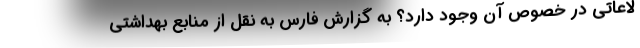
لاعاتی در خصوص آن وجود دارد؟ به گزارش فارس به نقل از منابع بهداشتی